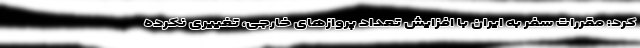
کرد: مقررات سفر به ایران با افزایش تعداد پروازهای خارجی، تغییری نکرده